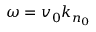
\omega = v _ { 0 } k _ { n _ { 0 } }